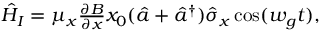
\begin{array} { r } { \hat { H } _ { I } = \mu _ { x } \frac { \partial B } { \partial x } x _ { 0 } ( \hat { a } + \hat { a } ^ { \dagger } ) \hat { \sigma } _ { x } \cos ( w _ { g } t ) , } \end{array}